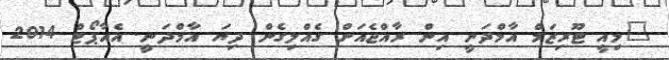
"މިއީ ޓޫރިޒަމް އާމްދަނީ އިން ރާއްޖެއަށް ގެއްލިގެން ދިޔަ އާމްދަނީ. އެއާޕޯޓް 2014